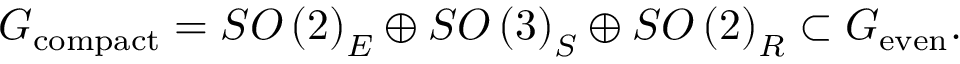
G _ { \mathrm { c o m p a c t } } = S O \left( 2 \right) _ { E } \oplus S O \left( 3 \right) _ { S } \oplus S O \left( 2 \right) _ { R } \subset G _ { \mathrm { e v e n } } .